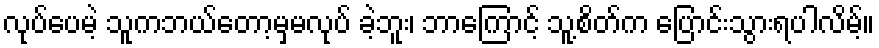
လုပ်ပေမဲ့ သူကဘယ်တော့မှမလုပ် ခဲ့ဘူး၊ ဘာကြောင့် သူ့စိတ်က ပြောင်းသွားရပါလိမ့်။